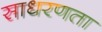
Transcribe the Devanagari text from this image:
साधरणता